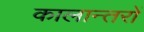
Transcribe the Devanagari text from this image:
कालान्तरों